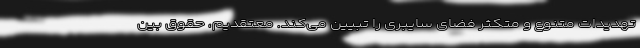
تهدیدات متنوع و متکثر فضای سایبری را تبیین می‌کند. معتقدیم، حقوق بین